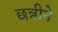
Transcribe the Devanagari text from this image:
छन्नीने